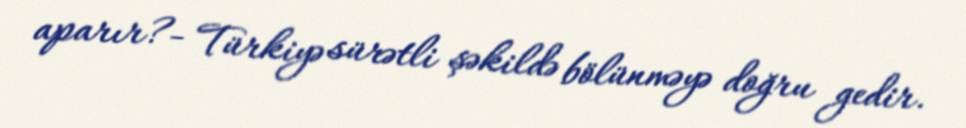
aparır?- Türkiyə sürətli şəkildə bölünməyə doğru gedir.